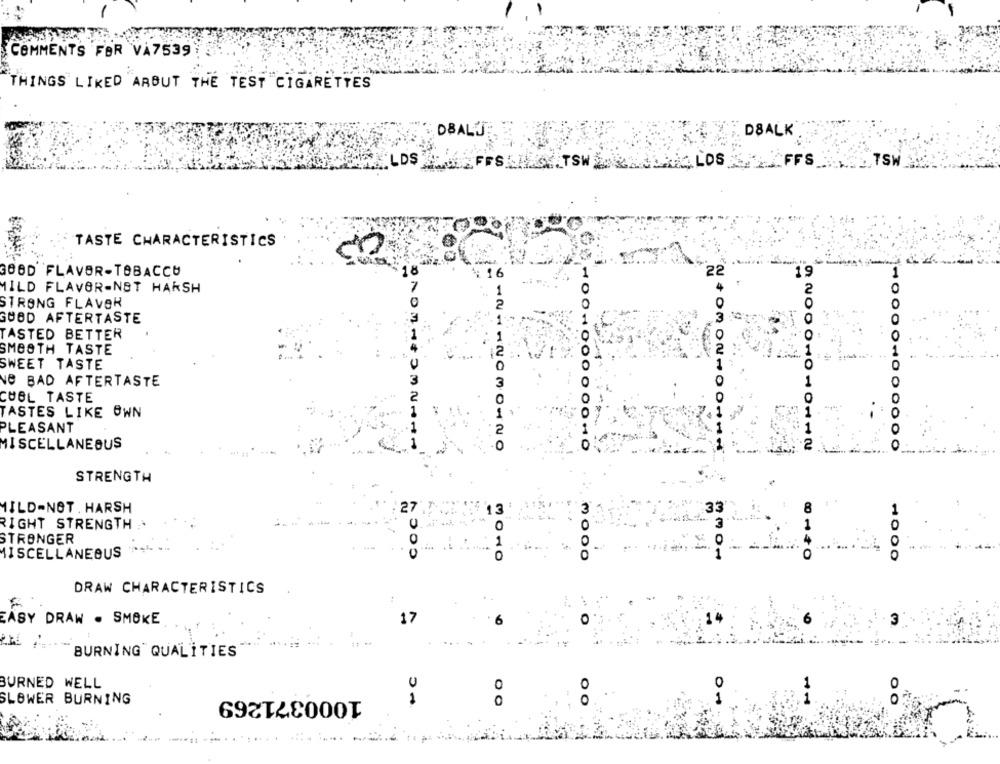
COMMENTS FOR VA7539
THINGS LIKED ARBUT THE TEST CIGARETTES
DBALJE
DBALK
ILDS
ITSW LOS
FFS __ TSW
TASTE CHARACTERISTICS
GOOD FLAVOR-TOBACCO
18
16
22
19
1
MILD FLAVOR-NST HARSH
1
STRONG FLAVOR
GOOD AFTERTASTE
OO
TASTED BETTER
O
SMOOTH TASTE
SWEET TASTE
NO BAD AFTERTASTE
O
0
CUBL TASTE
O
TASTES LIKE OWN
PLEASANT
MISCELLANEOUS
10314032111
612112030120
STRENGTH
MILD-NOT . HARSH
27"
COC
: 13'
3
RIGHT STRENGTH
0
0
STRONGER
1
O
MISCELLANEOUS
0
8140
1000
DRAW CHARACTERISTICS
EASY DRAW . SMOKE
17
BURNING" QUALITIES
BURNED WELL
0
0
1000371269
SLOWER BURNING
0
O